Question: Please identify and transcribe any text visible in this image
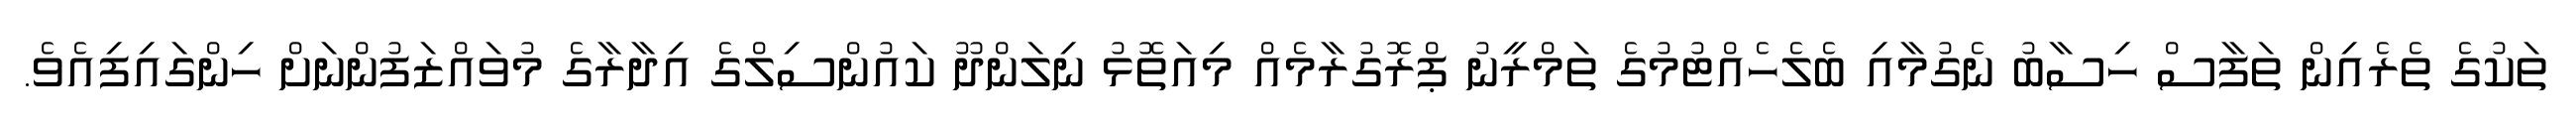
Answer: ތަކުގެ ތެރެއިން ތަފާސް ހިސާބު ނެގުމާއި ބެލެހެއްޓުމުގެ ތަމްރީނު ޕްރޮގުރާމެއް މިއަތޮޅު ނިލަންދޫ ކައުންސިލްގެ އިދާރާގެ މުވައްޒަފުންނަށް ހިންގައިފިއެވެ.